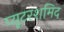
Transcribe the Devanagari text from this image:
प्यूटरशमिद